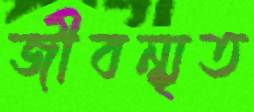
জীবন্মৃত